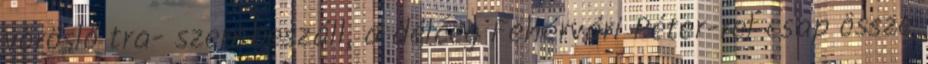
vöröslő tra- szembeszáll, a délceg Fehérvári Péter-rel csap össze